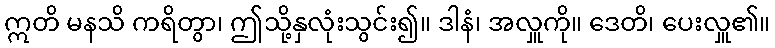
ဣတိ မနသိ ကရိတွာ၊ ဤသို့နှလုံးသွင်း၍။ ဒါနံ၊ အလှူကို။ ဒေတိ၊ ပေးလှူ၏။